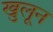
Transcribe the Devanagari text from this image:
खुलून